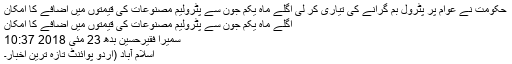
حکومت نے عوام پر پٹرول بم گرانے کی تیاری کر لی اگلے ماہ یکم جون سے پٹرولیم مصنوعات کی قیمتوں میں اضافے کا امکان
اگلے ماہ یکم جون سے پٹرولیم مصنوعات کی قیمتوں میں اضافے کا امکان
سمیرا فقیرحسین بدھ 23 مئی 2018 10:37
اسلام آباد (اُردو پوائنٹ تازہ ترین اخبار۔